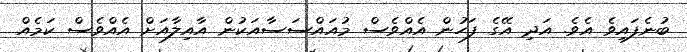
ބުނެފައިވެ އެވެ. އަދި އޭގެ ފަހުން އެއްވެސް މުއައްސަސާއަކުން އާއިލާއަށް އެއްވެސް ކަމެއް